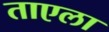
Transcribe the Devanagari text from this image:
ताएला